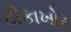
ટીકાખોર